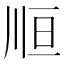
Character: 𰏃